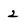
Character: 2